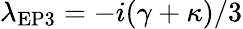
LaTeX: \lambda_{\mathrm{{EP3}}}=-i(\gamma+\kappa)/3